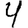
Digit: 4